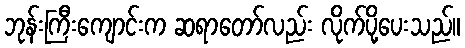
ဘုန်းကြီးကျောင်းက ဆရာတော်လည်း လိုက်ပို့ပေးသည်။